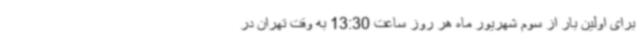
برای اولین بار از سوم شهریور ماه هر روز ساعت 13:30 به وقت تهران در